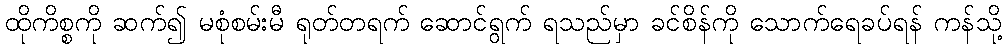
ထိုကိစ္စကို ဆက်၍ မစုံစမ်းမီ ရုတ်တရက် ဆောင်ရွက် ရသည်မှာ ခင်စိန်ကို သောက်ရေခပ်ရန် ကန်သို့